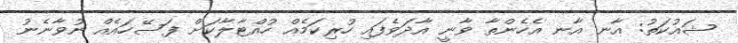
ޝައުކަތު: އާނ އާނ އެހެންތާ ވާނީ އާދަވެފައި ހުރިކަމެއް ހުއްޓާލާކަށް ފަސޭހައެއް ނުވާނެނު